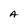
Character: A